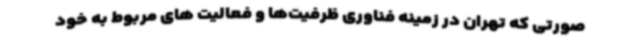
صورتی که تهران در زمینه فناوری ظرفیت‌ها و فعالیت های مربوط به خود